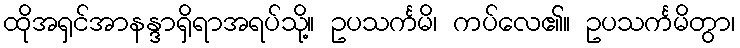
ထိုအရှင်အာနန္ဒာရှိရာအရပ်သို့။ ဥပသင်္ကမိ၊ ကပ်လေ၏။ ဥပသင်္ကမိတွာ၊